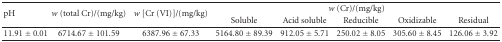
<table><thead><tr><td rowspan="2"><b>pH</b></td><td rowspan="2"><b><i>w</i> (total Cr)/(mg/kg)</b></td><td rowspan="2"><b><i>w</i> [Cr (VI)]/(mg/kg)</b></td><td colspan="5"><b><i>w</i> (Cr)/(mg/kg)</b></td></tr><tr><td><b>Soluble</b></td><td><b>Acid soluble</b></td><td><b>Reducible</b></td><td><b>Oxidizable</b></td><td><b>Residual</b></td></tr></thead><tbody><tr><td>11.91 ± 0.01</td><td>6714.67 ± 101.59</td><td>6387.96 ± 67.33</td><td>5164.80 ± 89.39</td><td>912.05 ± 5.71</td><td>250.02 ± 8.05</td><td>305.60 ± 8.45</td><td>126.06 ± 3.92</td></tr></tbody></table>